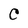
Character: C